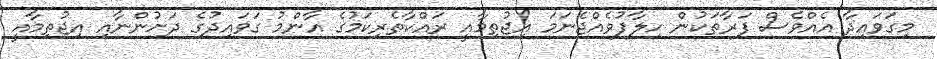
މިގަވައިދާ އެއްވެސް ފަރާތަކުން ހިލާފުވެއްޖެނަމަ އިޖުތިމާއީ ރައްކާތެރިކަމުގެ އާންމު ގަވައިދުގެ ދަށުންނާއި އިޖުތިމާއީ